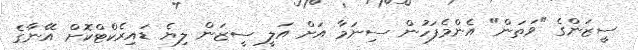
ސީޒަންގެ "ވަތަން" އެންމެފަހުން ސިނަމާ އަށް އަލީ ސީޒަން ލިޔެ ޑައިރެކްޓްކޮށް އޭނާގެ